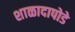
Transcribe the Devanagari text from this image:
शाळादापोडे